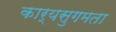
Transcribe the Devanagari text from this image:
कार्यसुगमता